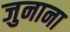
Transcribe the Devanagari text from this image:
जुनाना